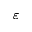
\varepsilon